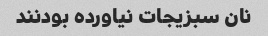
نان سبزیجات نیاورده بودنند